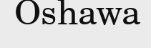
Oshawa